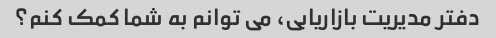
دفتر مدیریت بازاریابی، می توانم به شما کمک کنم؟